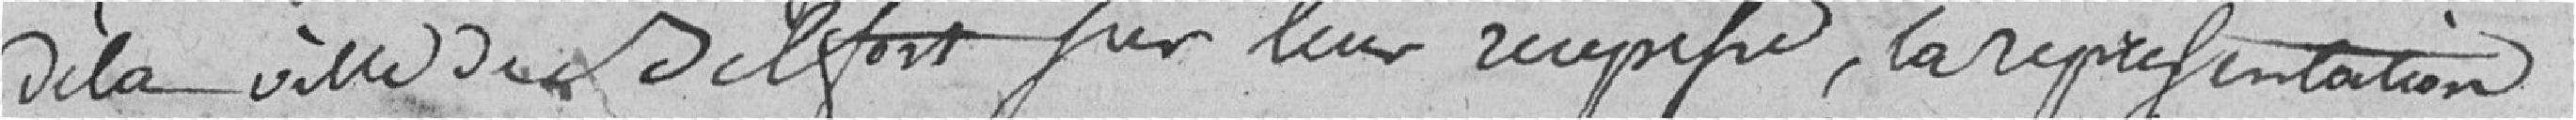
de la ville de Belfort pour leur récépissé, la représentation